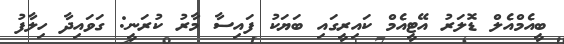
ބީއެމްއެލް ޑޮލަރު އޭޓީއެމް ކައިރީގައި ބަޔަކު ފައިސާ މާރު ކުރަނީ: ގަވައިދާ ހިލާފު